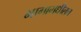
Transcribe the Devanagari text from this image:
भागामधीलच